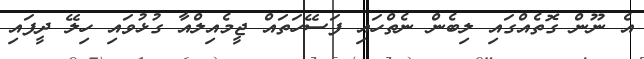
އެ ނޫން ގޮތެއްގައި ލިބެން ނެތްހައި ފަސޭހަތައް ޖީމެއިލްއާ ގުޅުވައި ހިލޭ ދީފައި